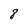
Character: 8